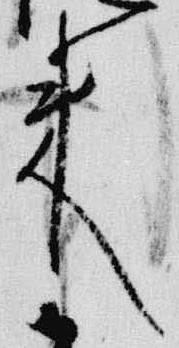
来